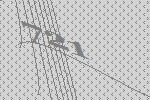
721